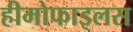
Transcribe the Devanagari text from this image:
हीमोफाइलस